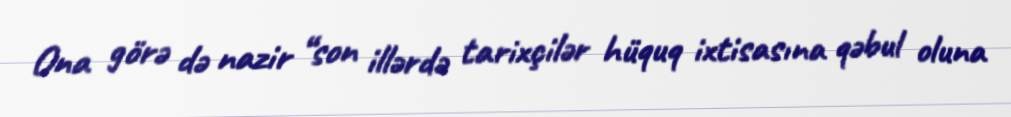
Ona görə də nazir “son illərdə tarixçilər hüquq ixtisasına qəbul oluna